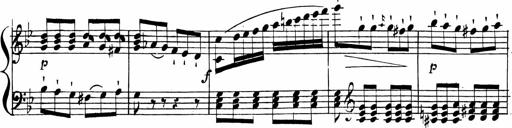
Title: 2 Piano Sonatinas
Composer: Ferdinand Ries